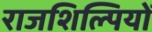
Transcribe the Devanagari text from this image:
राजशिल्पियों